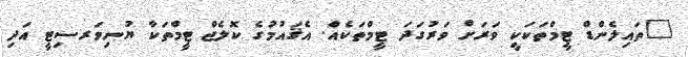
"ތައިލެންޑް ޓީމްތަކަކީ ވަރަށް ވަރުގަދަ ޓީމްތަކެއް. އެޤައުމުގެ ކޮލެޖް ޓީމްތަކާ ޔުނިވަރސިޓީ އަދި